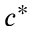
c ^ { * }